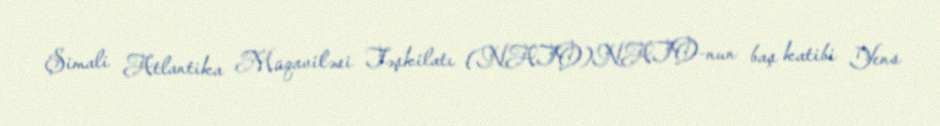
Şimali Atlantika Müqaviləsi Təşkilatı (NATO)NATO-nun baş katibi Yens